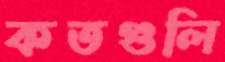
কতগুলি